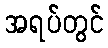
အရပ်တွင်